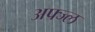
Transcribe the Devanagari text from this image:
अफ्ज्ल